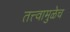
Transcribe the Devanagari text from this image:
तत्त्वामुळेच